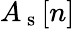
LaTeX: A_{\mathrm{~s~}}[n]